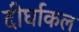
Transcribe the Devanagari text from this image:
दीर्घाकल